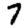
Digit: 7